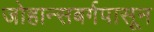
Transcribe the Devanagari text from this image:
जोहान्सबर्गपासून